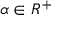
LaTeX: \alpha \in R ^ { + }